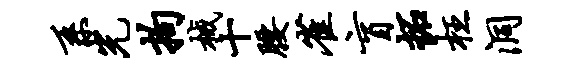
系光拘械十腰雀盲拓枉洞